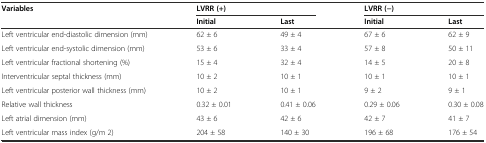
| <ROWSPAN=2> Variables | <COLSPAN=2> LVRR (+) | <COLSPAN=2> LVRR (−) |
 | Initial | Last | Initial | Last |
 | --- | --- | --- | --- | --- |
 | Left ventricular end-diastolic dimension (mm) | 62 ± 6 | 49 ± 4 | 67 ± 6 | 62 ± 9 |
 | Left ventricular end-systolic dimension (mm) | 53 ± 6 | 33 ± 4 | 57 ± 8 | 50 ± 11 |
 | Left ventricular fractional shortening (%) | 15 ± 4 | 32 ± 4 | 14 ± 5 | 20 ± 8 |
 | Interventricular septal thickness (mm) | 10 ± 2 | 10 ± 1 | 10 ± 1 | 10 ± 1 |
 | Left ventricular posterior wall thickness (mm) | 10 ± 2 | 10 ± 1 | 9 ± 2 | 9 ± 1 |
 | Relative wall thickness | 0.32 ± 0.01 | 0.41 ± 0.06 | 0.29 ± 0.06 | 0.30 ± 0.08 |
 | Left atrial dimension (mm) | 43 ± 6 | 42 ± 6 | 42 ± 7 | 41 ± 7 |
 | Left ventricular mass index (g/m 2) | 204 ± 58 | 140 ± 30 | 196 ± 68 | 176 ± 54 |